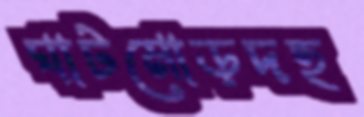
ঘাটমোড়দহ